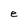
Character: e